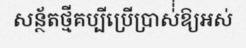
សន្ថ័តថ្មីគប្បីប្រើប្រាស់់់ឱ្យអស់